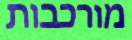
מורכבות